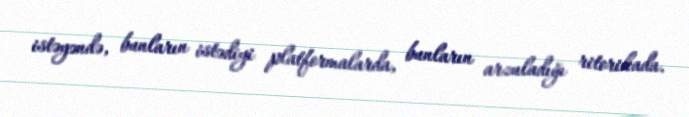
istəyəndə, bunların istədiyi platformalarda, bunların arzuladığı ritorikada.